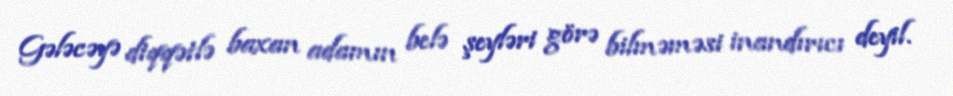
Gələcəyə diqqətlə baxan adamın belə şeyləri görə bilməməsi inandırıcı deyil.